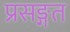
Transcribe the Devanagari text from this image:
प्रसङ्गत